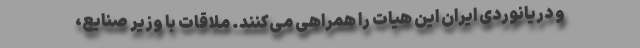
و دریانوردی ایران این هیات را همراهی می‌کنند. ملاقات با وزیر صنایع،